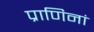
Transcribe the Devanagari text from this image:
प्राणिनां